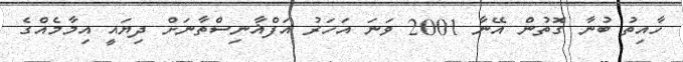
ހާއިތު ބުނާ ގޮތުން އޭނާ 2001 ވަނަ އަހަރު އަފްޣާނިސްތާނަށް ދިޔައީ އިމާމެއްގެ